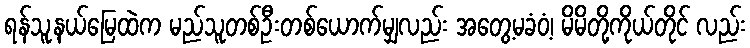
ရန်သူ့နယ်မြေထဲက မည်သူတစ်ဦးတစ်ယောက်မျှလည်း အတွေ့မခံဝံ့၊ မိမိတို့ကိုယ်တိုင် လည်း